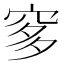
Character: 𱶻